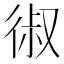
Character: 𰐱